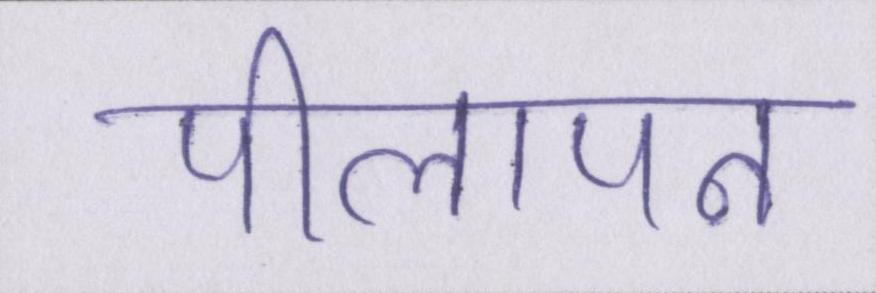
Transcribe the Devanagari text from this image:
पीलापन